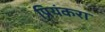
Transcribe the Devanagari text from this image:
प्रियंकरा